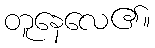
တူနေလေ၏။